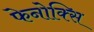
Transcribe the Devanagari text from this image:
फेनोक्सि